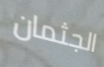
الجثمان